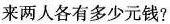
来两人各有多少元钱?